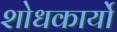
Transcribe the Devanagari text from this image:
शोधकार्यो